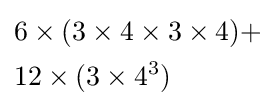
{\begin{aligned}&6\times (3\times 4\times 3\times 4)+\\&12\times (3\times 4^{3})\end{aligned}}